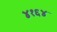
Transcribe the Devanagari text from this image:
४१६४